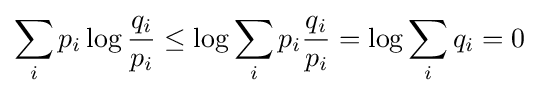
\sum _{i}p_{i}\log {\frac {q_{i}}{p_{i}}}\leq \log \sum _{i}p_{i}{\frac {q_{i}}{p_{i}}}=\log \sum _{i}q_{i}=0